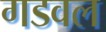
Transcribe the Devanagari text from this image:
गडवल